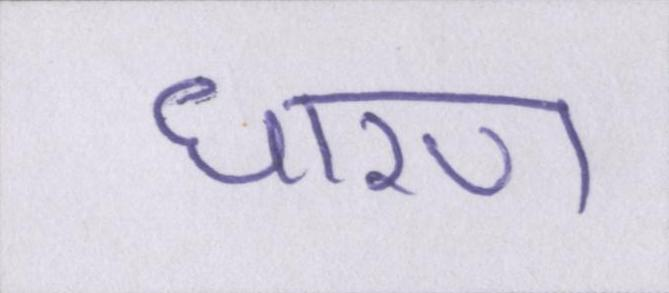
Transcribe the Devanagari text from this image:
धारण